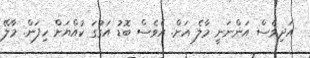
އަދިވެސް އަންނަނީ މާލެ އަށް. އެވެސް ބޮޑު އަގުގަ ކުއްޔަށް ހިފަން. މާލޭ